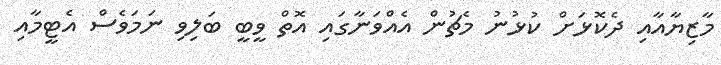
މާޒިޔާއާއި ދެކޮޅަށް ކުޅުނު މެޗުން އެއްވަނާގައި އޮތް ވީބީ ބަލިވި ނަމަވެސް އެޓީމާއި